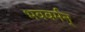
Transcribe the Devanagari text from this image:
भववर्मन्‌